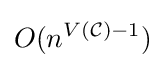
O(n^{V({\mathcal {C}})-1})